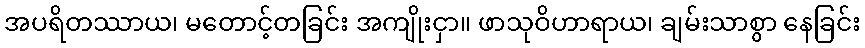
အပရိတဿာယ၊ မတောင့်တခြင်း အကျိုးငှာ။ ဖာသုဝိဟာရာယ၊ ချမ်းသာစွာ နေခြင်း